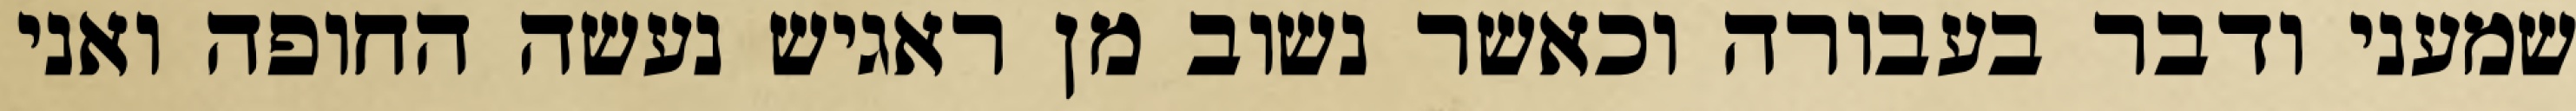
שמעני ודבר בעבורה וכאשר נשוב מן ראגיש נעשה החופה ואני